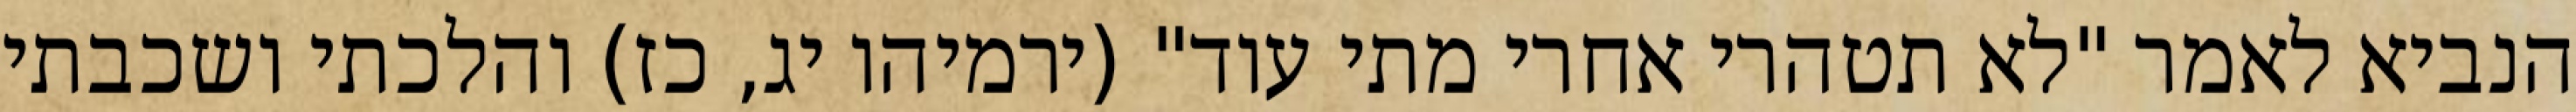
הנביא לאמר "לא תטהרי אחרי מתי עוד" (ירמיהו יג, כז) והלכתי ושכבתי